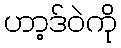
ဟာ့ဒ်ဝဲကို